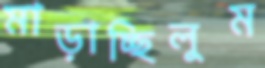
মাড়াচ্ছিলুম